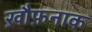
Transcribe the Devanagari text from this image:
ख़ौफ़नाक